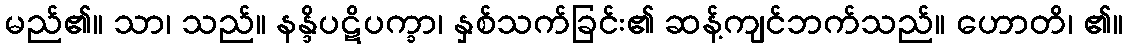
မည်၏။ သာ၊ သည်။ နန္ဒိပဋိပက္ခာ၊ နှစ်သက်ခြင်း၏ ဆန့်ကျင်ဘက်သည်။ ဟောတိ၊ ၏။